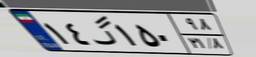
۱۴گ۱۵۰۹۸